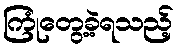
ကြုံတွေ့ခဲ့ရသည့်